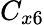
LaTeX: C_{x6}